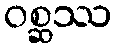
ဝစ္ဆဿ